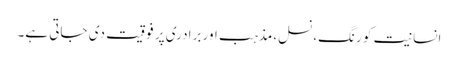
انسانیت کو رنگ،نسل،مذہب اور برادری پر فوقیت دی جاتی ہے۔